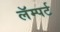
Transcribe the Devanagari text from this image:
लॅम्पर्ट